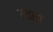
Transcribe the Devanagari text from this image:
मतसां